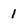
Character: 1